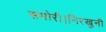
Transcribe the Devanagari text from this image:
समोरी।निरखुनी